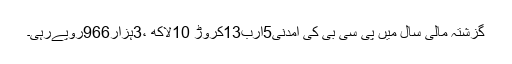
گزشتہ مالی سال میں پی سی بی کی آمدنی5ارب13کروڑ 10لاکھ ،3ہزار966روپےرہی۔